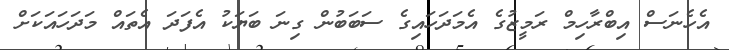
އެހެނަސް އިބްރާހިމް ރަމީޒުގެ އެމަދަހައިގެ ސަބަބުން ގިނަ ބަޔަކު އެފަދަ އެތައް މަދަހައަކަށް